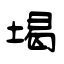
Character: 堨